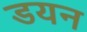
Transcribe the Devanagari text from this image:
डयन